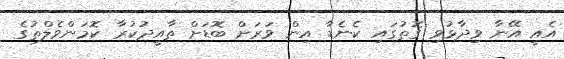
އެއީ އޭނާ ވިދާޅުވި ގޮތުގައި ކެނެެޑާ އިން ވަރަށް ބޮޑަށް ތާއީދުކުރާ ކޮމަންވެލްތުގެ